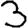
Digit: 3